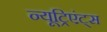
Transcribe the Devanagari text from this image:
न्यूट्रिएंट्स